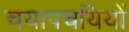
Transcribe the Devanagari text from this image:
चयापचयियों